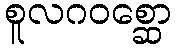
စူလဂဝစ္ဆော